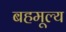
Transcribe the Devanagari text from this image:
बहमूल्य